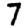
Digit: 7